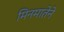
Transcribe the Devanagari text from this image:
मिनमातेने